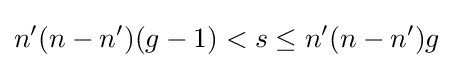
n'(n-n')(g-1)<s\leq n'(n-n')g